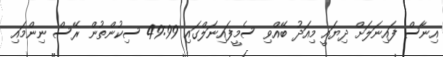
އިނާސް ފައިނަލަށް ދިޔައީ މިއަދު ބޭއްވި ސެމީފައިނަލްގައި 49:99 ސިކުންތުން ރޭސް ނިންމައި